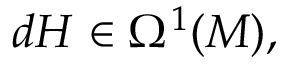
d H \in \Omega ^ { 1 } ( M ) ,